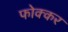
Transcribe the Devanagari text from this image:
फोक्‍कर